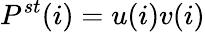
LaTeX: P^{st}(i)=u(i)v(i)